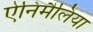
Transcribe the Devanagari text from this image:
ऐनिमैलिया